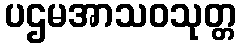
ပဌမအာသဝသုတ္တ